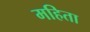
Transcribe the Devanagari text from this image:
महिता